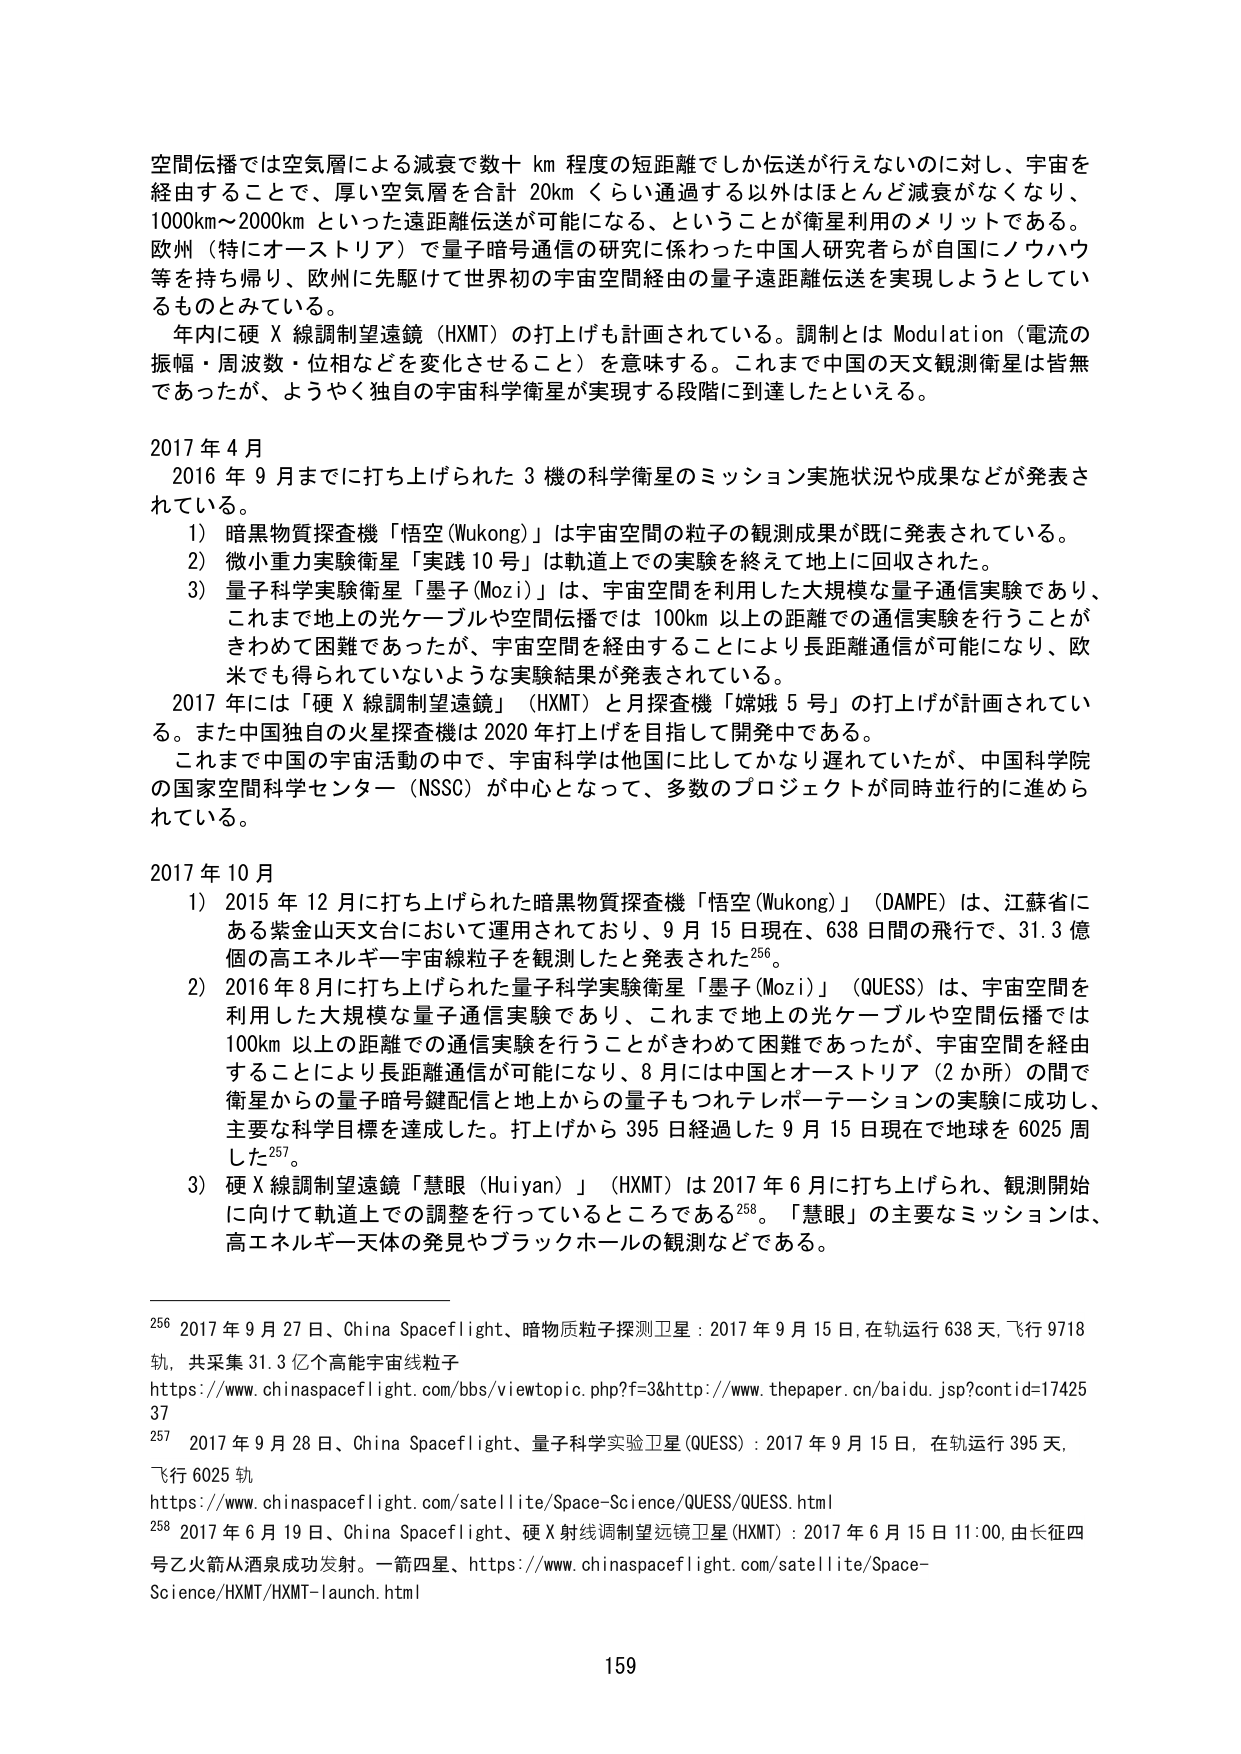
空間伝播では空気層による減衰で数十 km 程度の短距離でしか伝送が行えないのに対し、宇宙を
経由することで、厚い空気層を合計 20km くらい通過する以外はほとんど減衰がなくなり、
1000km～2000km といった遠距離伝送が可能になる、ということが衛星利用のメリットである。
欧州（特にオーストリア）で量子暗号通信の研究に係わった中国人研究者らが自国にノウハウ
等を持ち帰り、欧州に先駆けて世界初の宇宙空間経由の量子遠距離伝送を実現しようとしてい
るものとみている。
年内に硬 X 線調制望遠鏡（HXMT）の打上げも計画されている。調制とは Modulation（電流の
振幅・周波数・位相などを変化させること）を意味する。これまで中国の天文観測衛星は皆無
であったが、ようやく独自の宇宙科学衛星が実現する段階に到達したといえる。

2017 年 4 月
2016 年 9 月までに打ち上げられた 3 機の科学衛星のミッション実施状況や成果などが発表さ
れている。
1) 暗黒物質探査機「悟空 (Wukong)」は宇宙空間の粒子の観測成果が既に発表されている。
2) 微小重力実験衛星「実践 10 号」は軌道上での実験を終えて地上に回収された。
3) 量子科学実験衛星「墨子 (Mozi)」は、宇宙空間を利用した大規模な量子通信実験であり、
これまで地上の光ケーブルや空間伝播では 100km 以上の距離での通信実験を行うことが
きわめて困難であったが、宇宙空間を経由することにより長距離通信が可能になり、欧
米でも得られていないような実験結果が発表されている。
2017 年には「硬 X 線調制望遠鏡」（HXMT）と月探査機「嫦娥 5 号」の打上げが計画されてい
る。また中国独自の火星探査機は 2020 年打上げを目指して開発中である。
これまで中国の宇宙活動の中で、宇宙科学は他国に比してかなり遅れていたが、中国科学院
の国家空間科学センター（NSSC）が中心となって、多数のプロジェクトが同時並行的に進めら
れている。

2017 年 10 月
1) 2015 年 12 月に打ち上げられた暗黒物質探査機「悟空 (Wukong)」（DAMPE）は、江蘇省に
ある紫金山天文台において運用されており、9 月 15 日現在、638 日間の飛行で、31.3 億
個の高エネルギー宇宙線粒子を観測したと発表された256。
2) 2016 年 8 月に打ち上げられた量子科学実験衛星「墨子 (Mozi)」（QUESS）は、宇宙空間を
利用した大規模な量子通信実験であり、これまで地上の光ケーブルや空間伝播では
100km 以上の距離での通信実験を行うことがきわめて困難であったが、宇宙空間を経由
することにより長距離通信が可能になり、8 月には中国とオーストリア（2 か所）の間で
衛星からの量子暗号鍵配信と地上からの量子もつれテレポーテーションの実験に成功し、
主要な科学目標を達成した。打上げから 395 日経過した 9 月 15 日現在で地球を 6025 周
した257。
3) 硬 X 線調制望遠鏡「慧眼 (Huiyan)」（HXMT）は 2017 年 6 月に打ち上げられ、観測開始
に向けて軌道上での調整を行っているところである258。「慧眼」の主要なミッションは、
高エネルギー天体の発見やブラックホールの観測などである。

256 2017 年 9 月 27 日、China Spaceflight、暗物质粒子探测卫星：2017 年 9 月 15 日，在轨运行 638 天，飞行 9718
轨，共采集 31.3 亿个高能宇宙线粒子
https://www.chinaspaceflight.com/bbs/viewtopic.php?f=3&http://www.thepaper.cn/baidu.jsp?contid=17425
37
257 2017 年 9 月 28 日、China Spaceflight、量子科学实验卫星 (QUESS)：2017 年 9 月 15 日，在轨运行 395 天，
飞行 6025 轨
https://www.chinaspaceflight.com/satellite/Space-Science/QUESS/QUESS.html
258 2017 年 6 月 19 日、China Spaceflight、硬 X 射线调制望远镜卫星 (HXMT)：2017 年 6 月 15 日 11:00，由长征四
号乙火箭从酒泉成功发射。一箭四星、https://www.chinaspaceflight.com/satellite/Space-
Science/HXMT/HXMT-launch.html

159